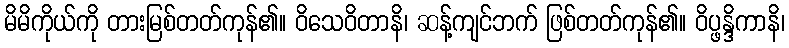
မိမိကိုယ်ကို တားမြစ်တတ်ကုန်၏။ ဝိသေဝိတာနိ၊ ဆန့်ကျင်ဘက် ဖြစ်တတ်ကုန်၏။ ဝိပ္ဖန္ဒိကာနိ၊